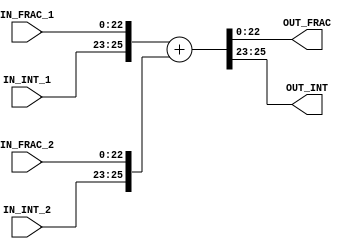
module adder ( 
	IN_FRAC_1,
	IN_INT_1,
	IN_FRAC_2,
	IN_INT_2,
	OUT_FRAC,
	OUT_INT
);
	parameter num_of_int = 3; /*weight of integer*/
	parameter num_of_frac = 23; /* num of frac must be 23*/
	input [num_of_int - 1:0] IN_INT_1;
	input [num_of_int - 1:0] IN_INT_2;
	input [num_of_frac - 1:0] IN_FRAC_1;
	input [num_of_frac - 1:0] IN_FRAC_2;
	output [num_of_int - 1:0] OUT_INT;
	output [num_of_frac - 1:0] OUT_FRAC;
	
	assign {OUT_INT, OUT_FRAC} = {IN_INT_1, IN_FRAC_1} + {IN_INT_2, IN_FRAC_2};
endmodule